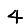
Digit: 4